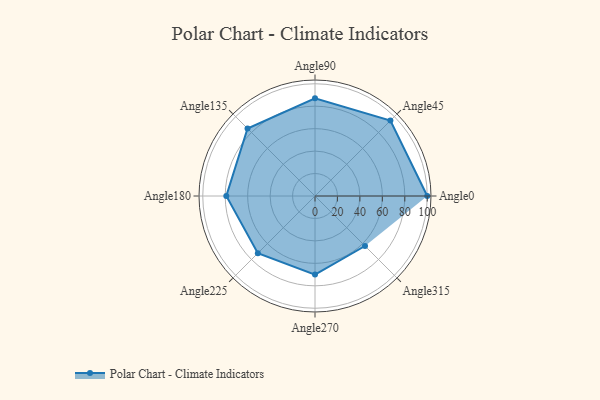
{"axis": {"x": "Angle", "y": "Radius"}, "legend": [""], "data": [{"x": "Angle0", "y": 100.0, "type": ""}, {"x": "Angle45", "y": 95.0, "type": ""}, {"x": "Angle90", "y": 87.0, "type": ""}, {"x": "Angle135", "y": 85.0, "type": ""}, {"x": "Angle180", "y": 79.0, "type": ""}, {"x": "Angle225", "y": 72.0, "type": ""}, {"x": "Angle270", "y": 70.0, "type": ""}, {"x": "Angle315", "y": 63.0, "type": ""}]}